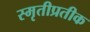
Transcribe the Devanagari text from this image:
स्मृतीप्रतीक